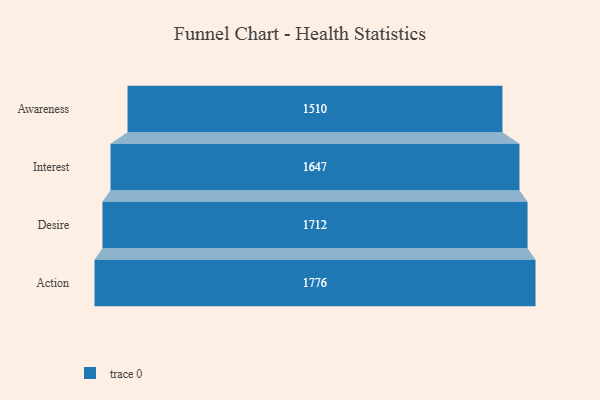
{"axis": {"x": "Stage", "y": "Value"}, "legend": [""], "data": [{"x": "Awareness", "y": 1510.0, "type": ""}, {"x": "Interest", "y": 1647.0, "type": ""}, {"x": "Desire", "y": 1712.0, "type": ""}, {"x": "Action", "y": 1776.0, "type": ""}]}